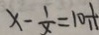
x - \frac { 1 } { x } = 1 0 \frac { 1 } { 1 1 }